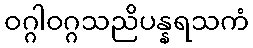
ဝဂ္ဂါဝဂ္ဂသညိပန္နရသကံ